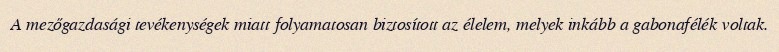
A mezőgazdasági tevékenységek miatt folyamatosan biztosított az élelem, melyek inkább a gabonafélék voltak.